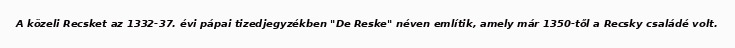
A közeli Recsket az 1332-37. évi pápai tizedjegyzékben "De Reske" néven említik, amely már 1350-től a Recsky családé volt.